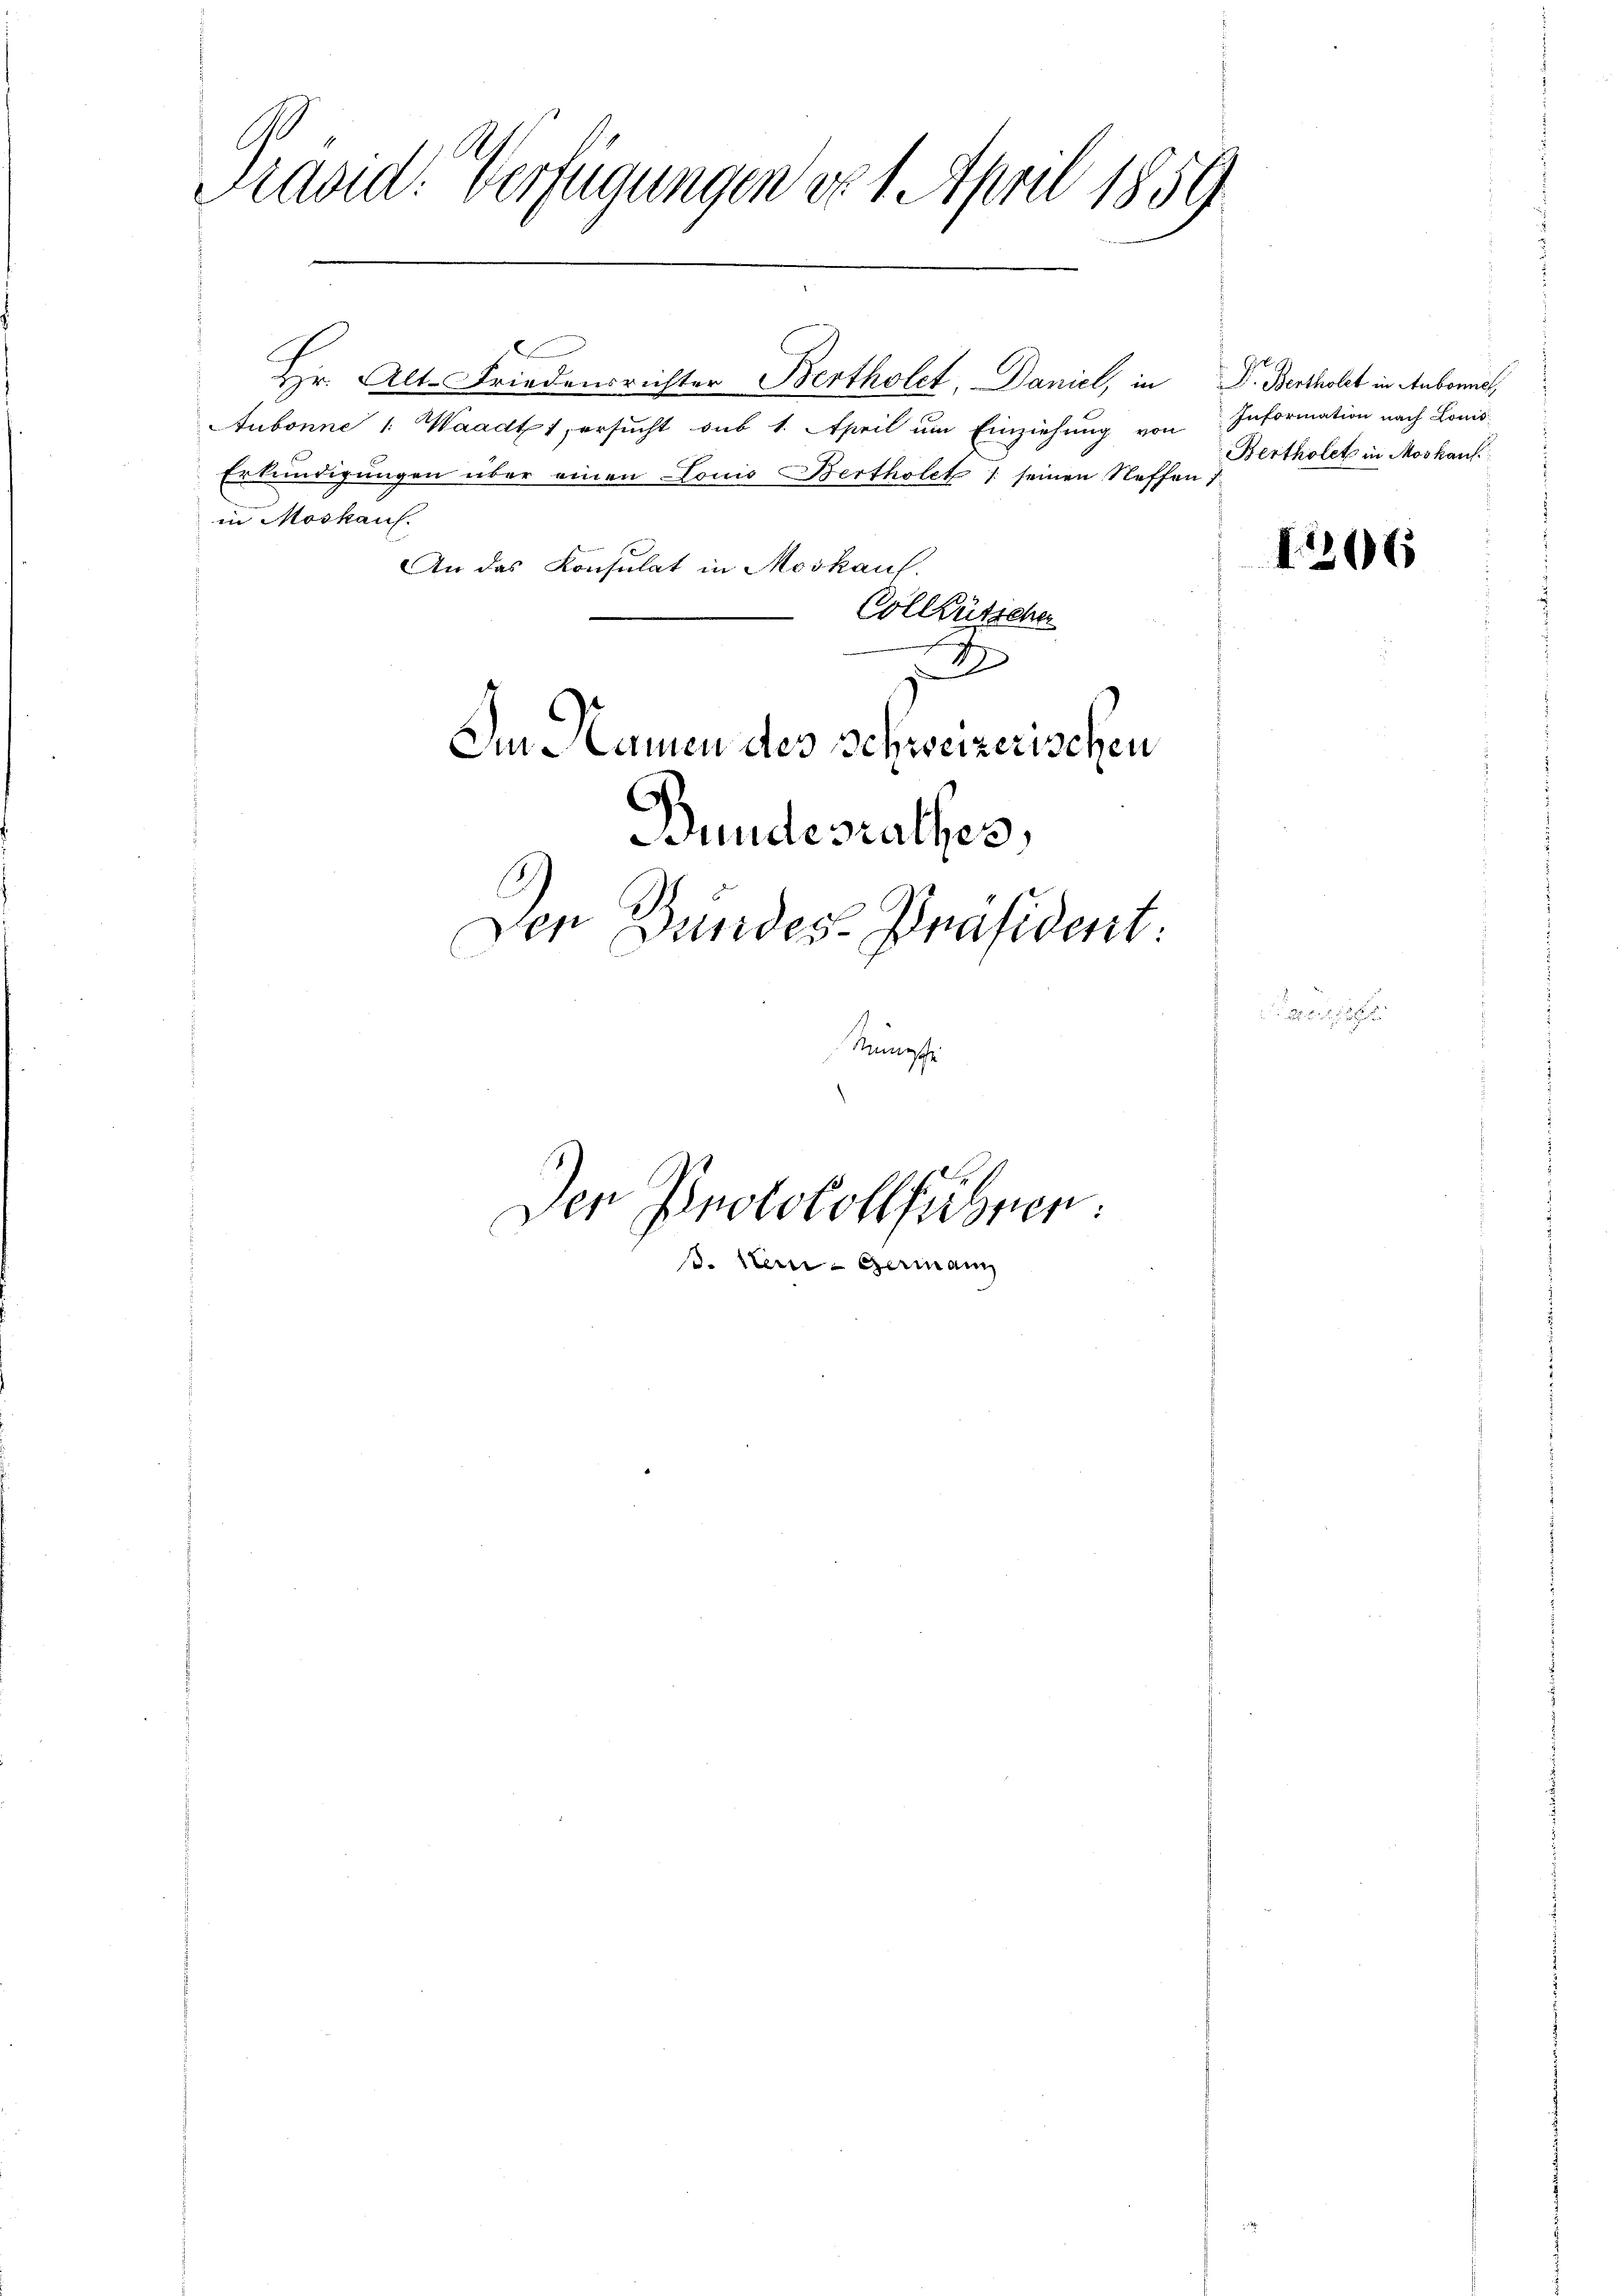
Präsid. Verfügungen er 1 April 1859

e
Hr. Alt-Friedensrichter Bertholet Daniel, in
Aubonne 1: Waadt, ersucht sub 1. April um Einziehung von
Erkundigungen über einen Louis Bertholet 1 seinen Neffen
in Moskauf.
An das Konsulat in Moskauf.
Collütscher
2
Im Namen des Schweizerischen
Bundesrathes,

Den Bundes-Präsident:

Nämpche

Der Protokollfühner
s. Mein Germann

D. Bertholet in Aubonnie
Information nach Louis
Bertholet in Moskauf

206